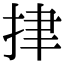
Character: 𢫫